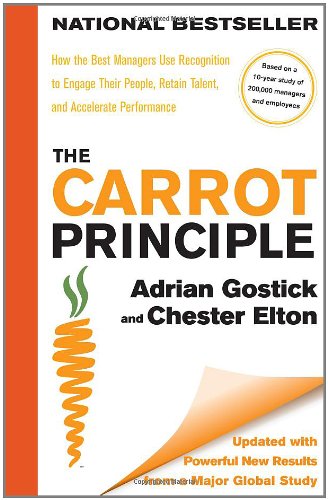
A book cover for The Carrot Principle: How the Best Managers Use Recognition to Engage Their People, Retain Talent, and Accelerate Performance [Updated & Revised]; Adrian Gostick; Business & Money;